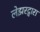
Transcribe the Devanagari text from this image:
लेझरद्वारा